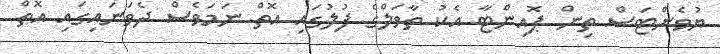
ޔުވެންޓަސް ތިން ޕޮއިންޓާ އެކު ތާވަލްގެ ފުލުގައި އޮތް ނަމަވެސް ދެވަނައިގައި އޮތް